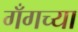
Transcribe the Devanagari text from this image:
गँगच्या